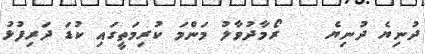
ދުނިޔެ ދުނިޔެ    ރޯމާދުވާލު މަންމަ ކުރިމަތީގައި ކުޑަ ދަރިފުޅު